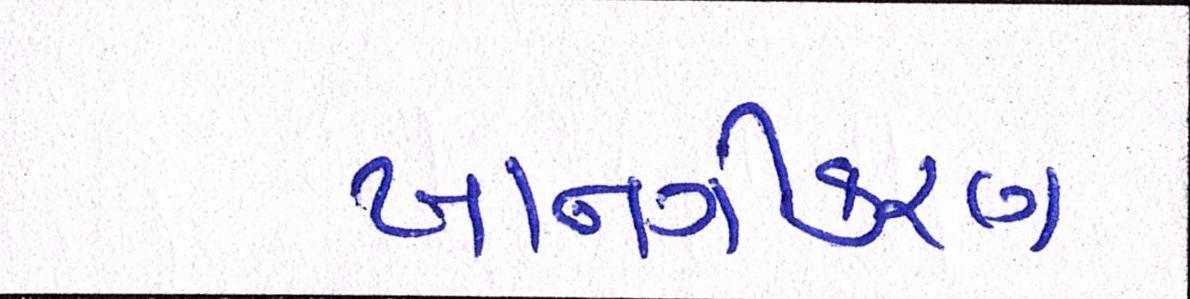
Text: ખાનગીકરણ